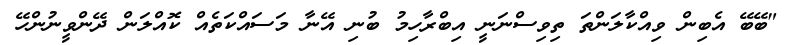
"ބޭބޭ އެބިން ވިއްކާލަންތަ ތިވިސްނަނީ އިބްރާހިމު ބުނި އޭނާ މަސައްކަތެއް ކޮއްލަން ދޭންވީނުންހޭ